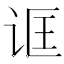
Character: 诓